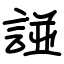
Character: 諩